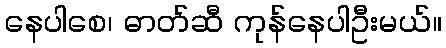
နေပါစေ၊ ဓာတ်ဆီ ကုန်နေပါဦးမယ်။